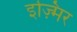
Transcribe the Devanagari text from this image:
इज़्मिर